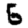
Digit: 5